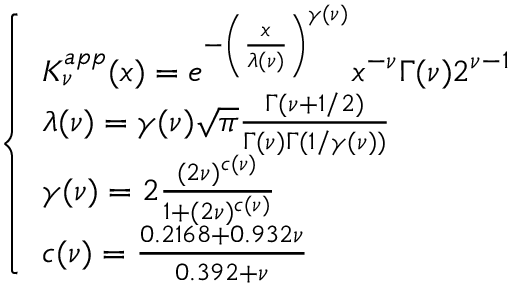
\begin{array} { r } { \left\{ \begin{array} { l l } { K _ { \nu } ^ { a p p } ( x ) = e ^ { - \left( \frac { x } { \lambda ( \nu ) } \right) ^ { \gamma ( \nu ) } } x ^ { - \nu } \Gamma ( \nu ) 2 ^ { \nu - 1 } } \\ { \lambda ( \nu ) = \gamma ( \nu ) \sqrt { \pi } \frac { \Gamma ( \nu + 1 / 2 ) } { \Gamma ( \nu ) \Gamma ( 1 / \gamma ( \nu ) ) } } \\ { \gamma ( \nu ) = 2 \frac { ( 2 \nu ) ^ { c ( \nu ) } } { 1 + ( 2 \nu ) ^ { c ( \nu ) } } } \\ { c ( \nu ) = \frac { 0 . 2 1 6 8 + 0 . 9 3 2 \nu } { 0 . 3 9 2 + \nu } } \end{array} \right. } \end{array}